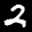
Label: 2